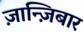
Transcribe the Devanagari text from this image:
ज़ान्ज़िबार